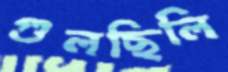
গুলছিলি